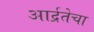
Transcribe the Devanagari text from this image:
आर्द्रतेचा